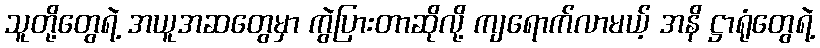
သူတို့တွေရဲ့ အယူအဆတွေမှာ ကွဲပြားတာဆိုလို့ ကျရောက်လာမယ့် အနိ ဋ္ဌာရုံတွေရဲ့